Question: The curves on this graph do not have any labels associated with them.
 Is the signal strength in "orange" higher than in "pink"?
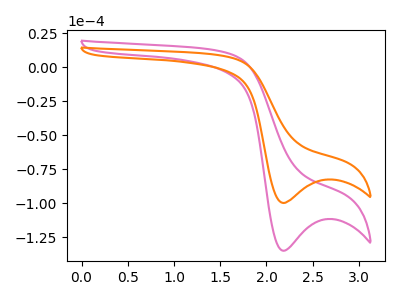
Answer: <think>The pink curve "pink" has a cathodic peak at: (2.20V, -135.10uA). The orange curve "orange" has a cathodic peak at: (2.20V, -99.95uA).
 All the peaks in "orange" have a peak in "pink" at the same potential. Every peak in "orange" is lower than every peak in "pink".</think>
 <answer>"orange" has less signal than "pink".</answer>
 <eval>less_signal</eval>